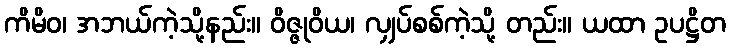
ကိမိဝ၊ အဘယ်ကဲ့သို့နည်း။ ဝိဇ္ဇုဝိယ၊ လျှပ်စစ်ကဲ့သို့ တည်း။ ယထာ ဥပဋ္ဌိတ